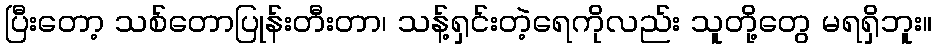
ပြီးတော့ သစ်တောပြုန်းတီးတာ၊ သန့်ရှင်းတဲ့ရေကိုလည်း သူတို့တွေ မရရှိဘူး။